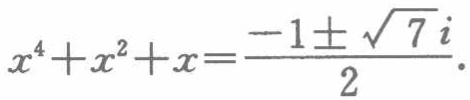
\(x^{4}+x^{2}+x=\frac{-1\pm\sqrt{7}i}{2}\)